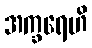
အက္ခရေဟိ